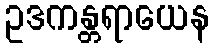
ဥဒကန္တရာယေန